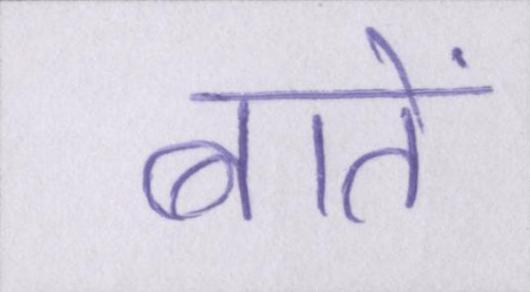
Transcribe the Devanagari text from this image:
बातें